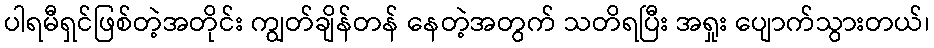
ပါရမီရှင်ဖြစ်တဲ့အတိုင်း ကျွတ်ချိန်တန် နေတဲ့အတွက် သတိရပြီး အရှုး ပျောက်သွားတယ်၊